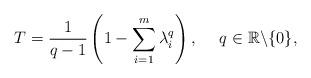
LaTeX: \begin{align*}T=\frac{1}{q-1}\left(1-\sum_{i=1}^{m}\lambda_{i}^{q}\right),~~~~q\in\mathbb{R}\backslash\{0\},\end{align*}